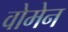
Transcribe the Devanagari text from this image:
वोमेन